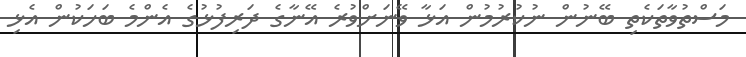
މަސްތުވާތަކެތި ބޭނުން ނުކުރުމުން އަޅާ ވޭނަށްވުރެ އޭނާގެ ދަރިފުޅުގެ އެންމެ ބަހަކުން އެޅި